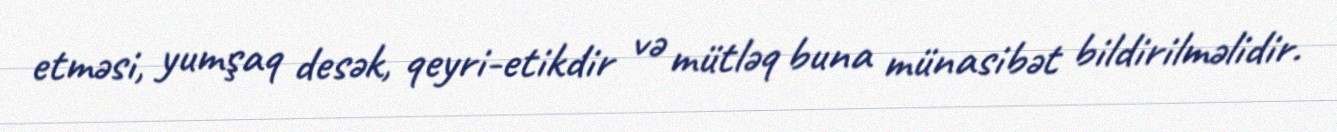
etməsi, yumşaq desək, qeyri-etikdir və mütləq buna münasibət bildirilməlidir.